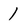
Character: 1